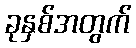
ခုနှစ်အတွက်